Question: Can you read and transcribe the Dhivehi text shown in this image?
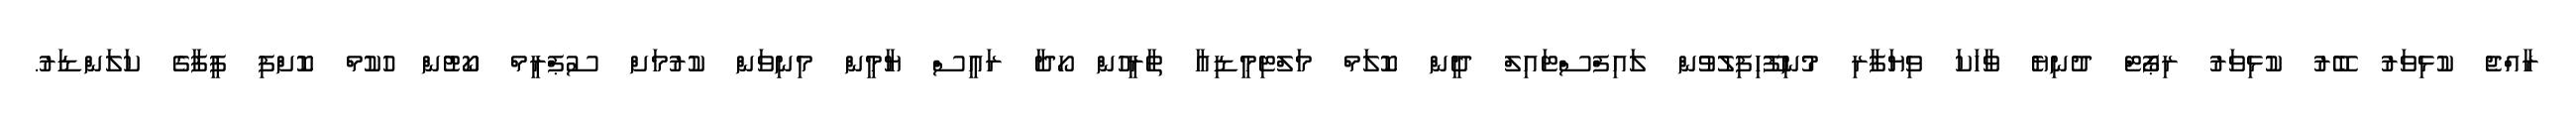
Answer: ރާއްޖެ ކުޅިވަރު ބޭރު ކުޅިވަރު ރިޕޯޓް ދުނިޔެ ވާހަކަ ވިޔަފާރި މުނިފޫހިފިލުވުން ލައިފްސްޓައިލް ދީން ކޮލަމް މަލްޓިމީޑިއާ ތާރީހުން ހޯދާ ރައީސް ޔާމީން މިނިވަން ކުރުމަށް ސުޕްރީމް ކޯޓުން ހުކުމް ކޮށްފި ފީފާގެ ކަލަންޑަރު.